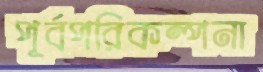
পূর্বপরিকল্পনা